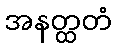
အနတ္ထတံ